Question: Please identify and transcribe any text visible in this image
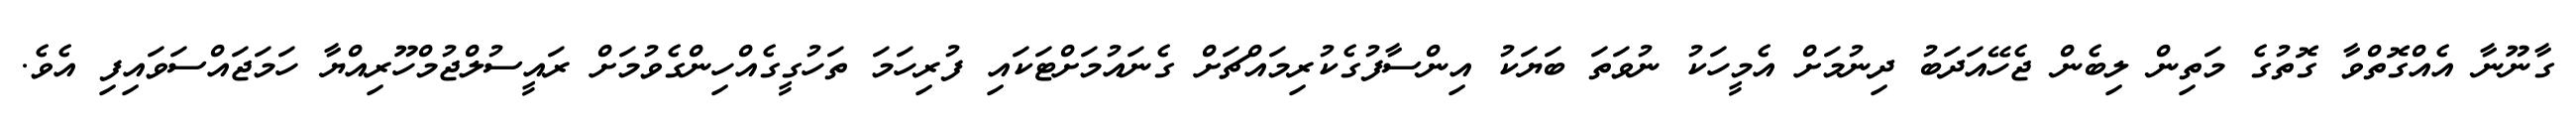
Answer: ގާނޫނާ އެއްގޮތްވާ ގޮތުގެ މަތިން ލިބެން ޖެހޭއަދަބު ދިނުމަށް އެމީހަކު ނުވަތަ ބަޔަކު އިންސާފުގެކުރިމައްޗަށް ގެނައުމަށްޓަކައި ފުރިހަމަ ތަހުގީގެއްހިންގެވުމަށް ރައީސުލްޖުމްހޫރިއްޔާ ހަމަޖައްސަވައިފި އެވެ.